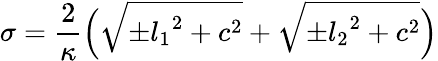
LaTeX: \sigma=\frac{2}{\kappa}\Bigl({\sqrt{{\pm}{l_{1}}^{2}+c^{2}}}+{\sqrt{{\pm}{l_{2}}^{2}+c^{2}}}\Bigr)